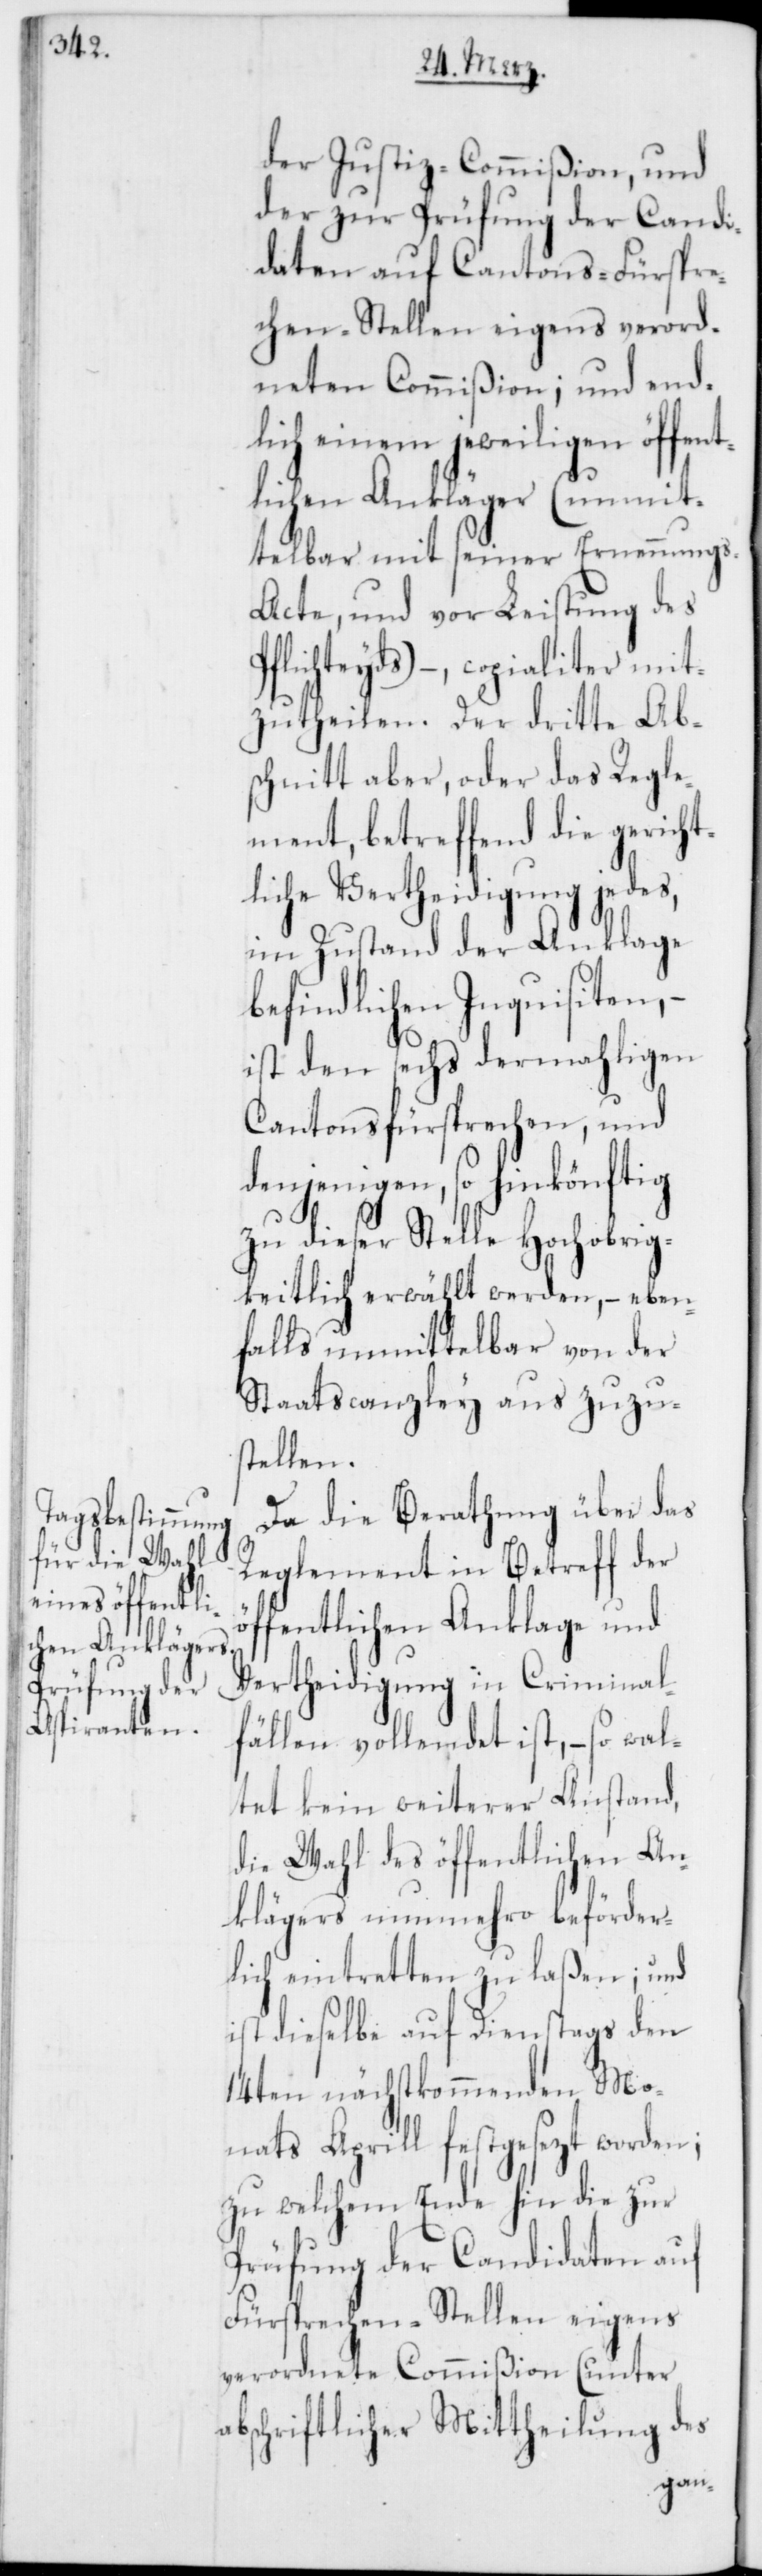
der Justiz-Commißion, und
der zur Prüfung der Candi¬
daten auf Cantons-Fürspre¬
chen-Stellen eigens verord¬
neten Commißion; und end¬
lich einem jeweilgen öffent¬
lichen Ankläger (unmit¬
telbar mit seiner Ernennung¬
s-Acte, und vor Leistung des
Pflichteyds), – copialiter mit¬
zutheilen. Der dritte Ab¬
schnitt aber, oder das Regle¬
ment, betreffend die gericht¬
liche Vertheidigung jedes,
im Zustand der Anklage
befindlichen Inquisiten, –
ist den sechs dermahligen
Cantonsfürsprechen, und
denjenigen, so hinkönftig
zu dieser Stelle Hochobrig¬
keitlich erwählt werden, – eben¬
falls unmittelbar von der
Staatscanzley aus zuzu¬
stellen.
Da die Berathung über das
Reglement in Betreff der
öffentlichen Anklage und
Vertheidigung in Criminal¬
fällen vollendet ist, – so wal¬
tet kein weiterer Anstand,
die Wahl des öffentlichen An¬
klägers nunmehro beförder¬
lich eintretten zu laßen; und
ist dieselbe auf Dienstags den
14ten nächstkommenden Mo¬
nats Aprill festgesezt worden;
zu welchem Ende hin die zur
Prüfung der Candidaten auf
Fürsprechen-Stellen eigens
verordnete Commißion (unter
abschriftlicher Mittheilung des